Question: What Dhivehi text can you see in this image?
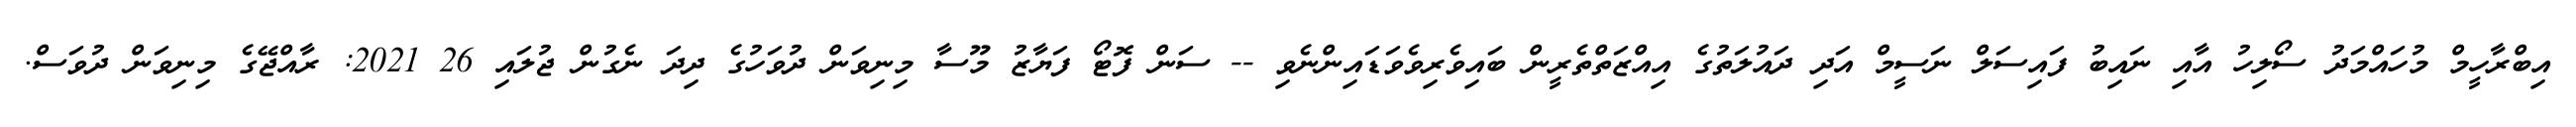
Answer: އިބްރާހީމް މުހައްމަދު ސޯލިހު އާއި ނައިބު ފައިސަލް ނަސީމް އަދި ދައުލަތުގެ އިއްޒަތްތެރީން ބައިވެރިވެވަޑައިންނެވި -- ސަން ފޮޓޯ ފަޔާޒު މޫސާ މިނިވަން ދުވަހުގެ ދިދަ ނެގުން ޖުލައި 26 2021: ރާއްޖޭގެ މިނިވަން ދުވަސް.